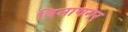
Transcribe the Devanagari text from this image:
विनायगर्